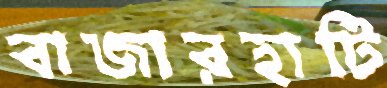
বাজারহাটি